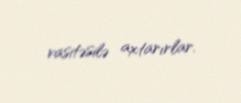
vasitəsilə axtarırlar.